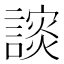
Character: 𰵅